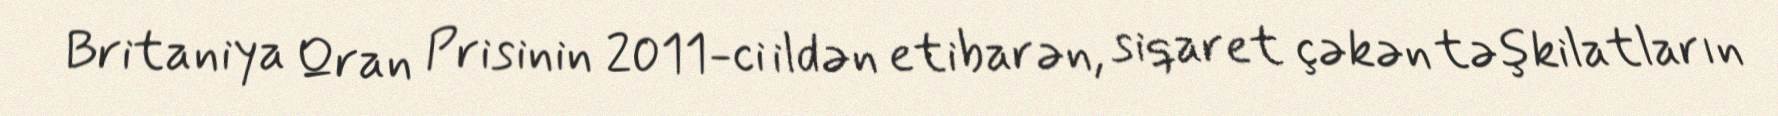
Britaniya Qran Prisinin 2011-ci ildən etibarən, siqaret çəkən təşkilatların